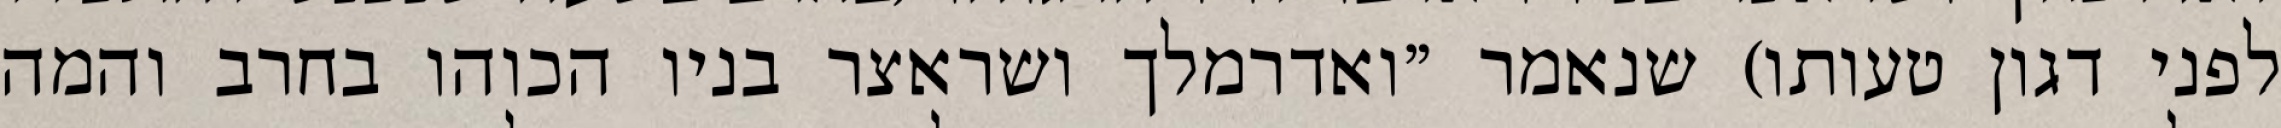
לפני דגון טעותו) שנאמר "ואדרמלך ושראצר בניו הכוהו בחרב והמה